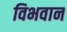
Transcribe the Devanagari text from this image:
विभवान